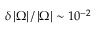
\delta \left\vert \Omega \right\vert / \left\vert \Omega \right\vert \sim 1 0 ^ { - 2 }